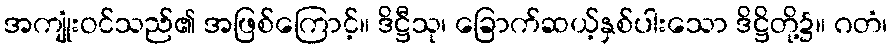
အကျုံးဝင်သည်၏ အဖြစ်ကြောင့်။ ဒိဋ္ဌီသု၊ ခြောက်ဆယ့်နှစ်ပါးသော ဒိဋ္ဌိတို့၌။ ဂတံ၊